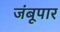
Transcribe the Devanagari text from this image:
जंबूपार